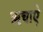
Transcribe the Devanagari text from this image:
ऋचाऐ